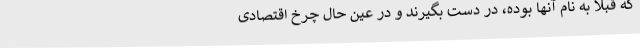
که قبلاً به نام آنها بوده، در دست بگیرند و در عین حال چرخ اقتصادی